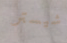
شيستر